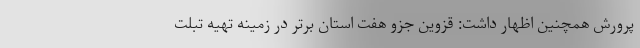
پرورش همچنین اظهار داشت: قزوین جزو هفت استان برتر در زمینه تهیه تبلت